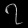
Digit: ၇